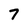
Character: 7